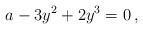
LaTeX: \begin{align*}a - 3 y^2 + 2 y^3 = 0 \,,\end{align*}